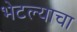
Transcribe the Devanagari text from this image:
भेटल्याचा